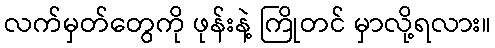
လက်မှတ်တွေကို ဖုန်းနဲ့ ကြိုတင် မှာလို့ရလား။